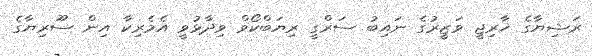
ރަޝިޔާގެ ޚާރިޖީ ވަޒީރުގެ ނައިބު ސަރްގީ ރިޔަބްކޯވް ވިދާޅުވީ އެމެރިކާ އިން ސޫރިޔާގެ